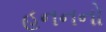
હનનનો